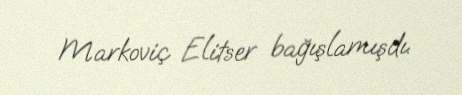
Markoviç Elitser bağışlamışdı.